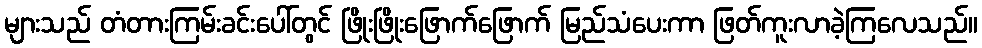
များသည် တံတားကြမ်းခင်းပေါ်တွင် ဖြိုးဖြိုးဖြောက်ဖြောက် မြည်သံပေးကာ ဖြတ်ကူးလာခဲ့ကြလေသည်။